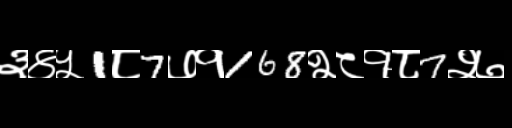
Text: ३४५1८7७१168२८१८7२७